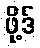
ဖို့ဒ်